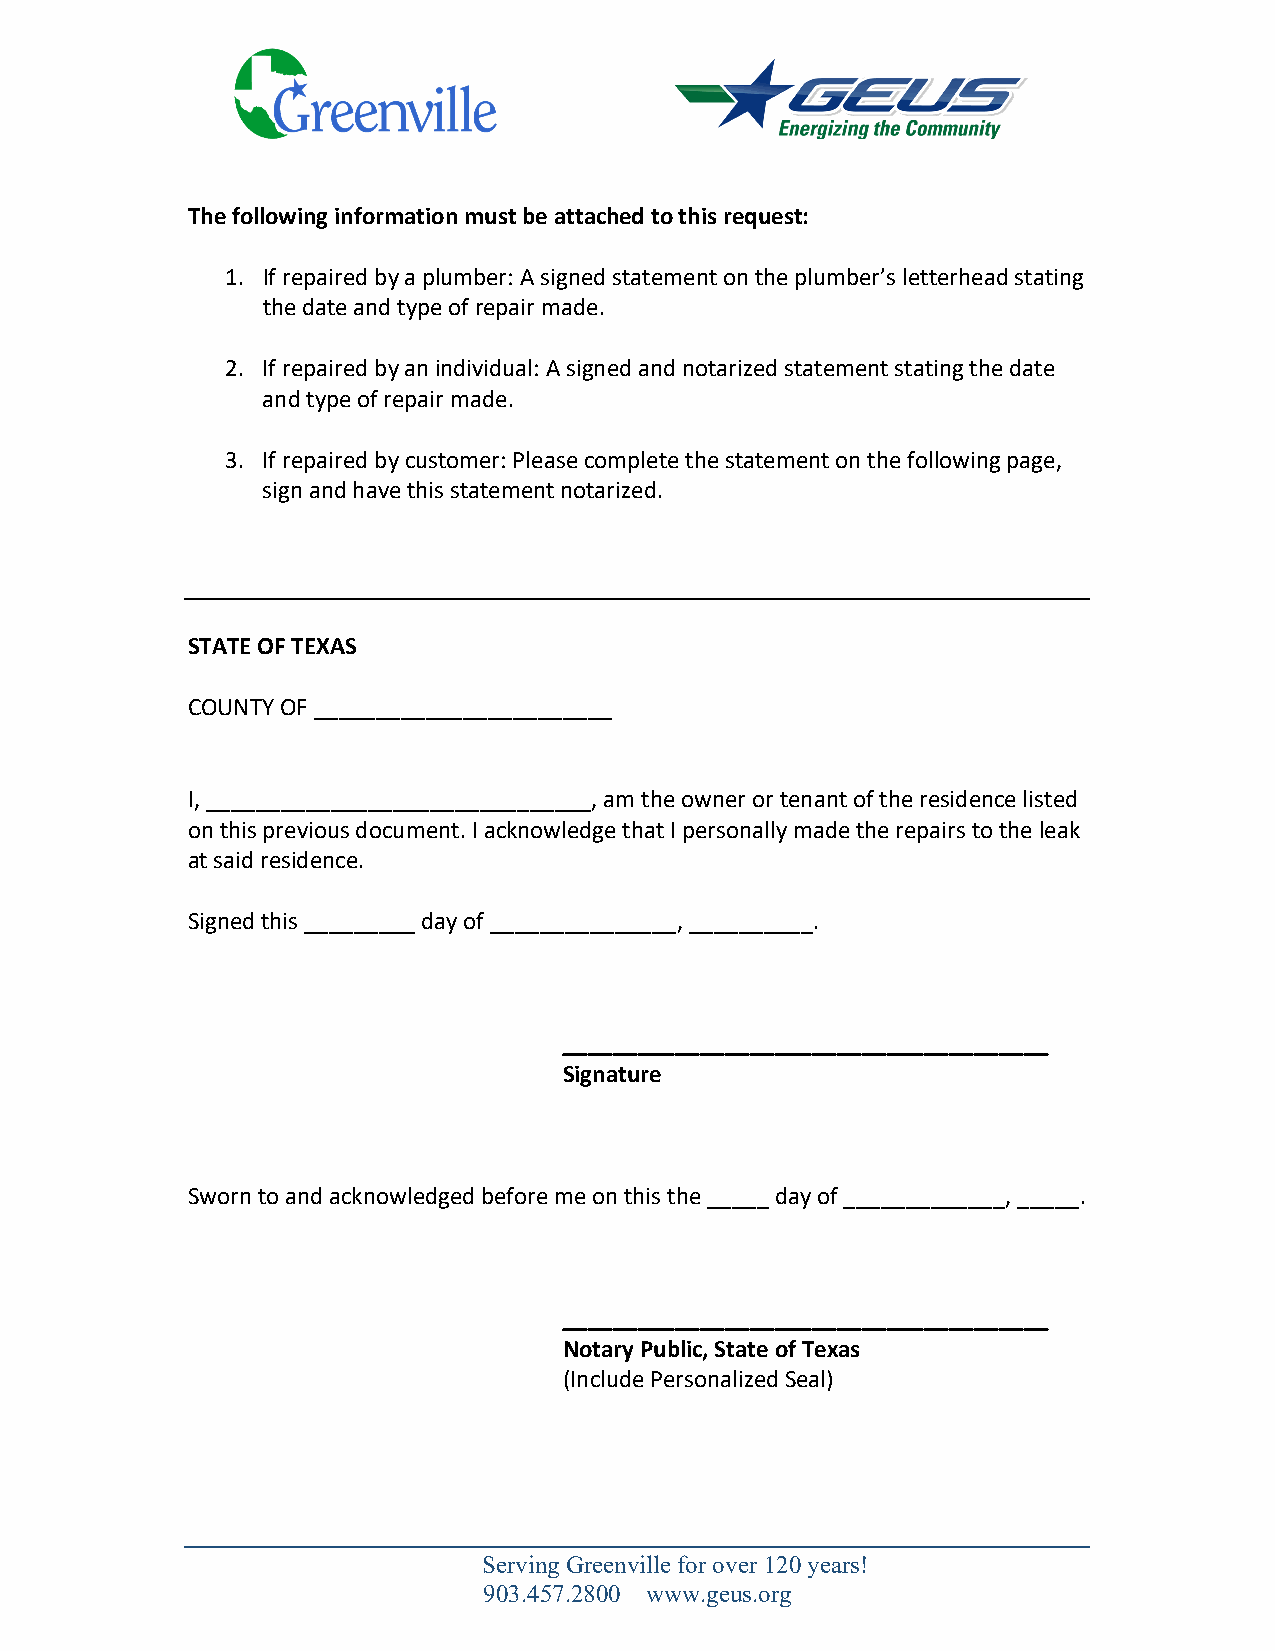
The following information must be attached to this request:
 1. If repaired by a plumber: A signed statement on the plumber’s letterhead stating
 the date and type of repair made.
 2. If repaired by an individual: A signed and notarized statement stating the date
 and type of repair made.
 3. If repaired by customer: Please complete the statement on the following page,
 sign and have this statement notarized.
 STATE OF TEXAS
 COUNTY OF ________________________
 I, _______________________________, am the owner or tenant of the residence listed
 on this previous document. I acknowledge that I personally made the repairs to the leak
 at said residence.
 Signed this _________ day of _______________, __________.
 _______________________________________
 Signature
 Sworn to and acknowledged before me on this the _____ day of _____________, _____.
 _______________________________________
 Notary Public, State of Texas
 (Include Personalized Seal)
 Serving Greenville for over 120 years!
 903.457.2800 www.geus.org